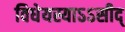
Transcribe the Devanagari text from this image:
विधेयस्याऽऽसीद्